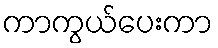
ကာကွယ်ပေးကာ